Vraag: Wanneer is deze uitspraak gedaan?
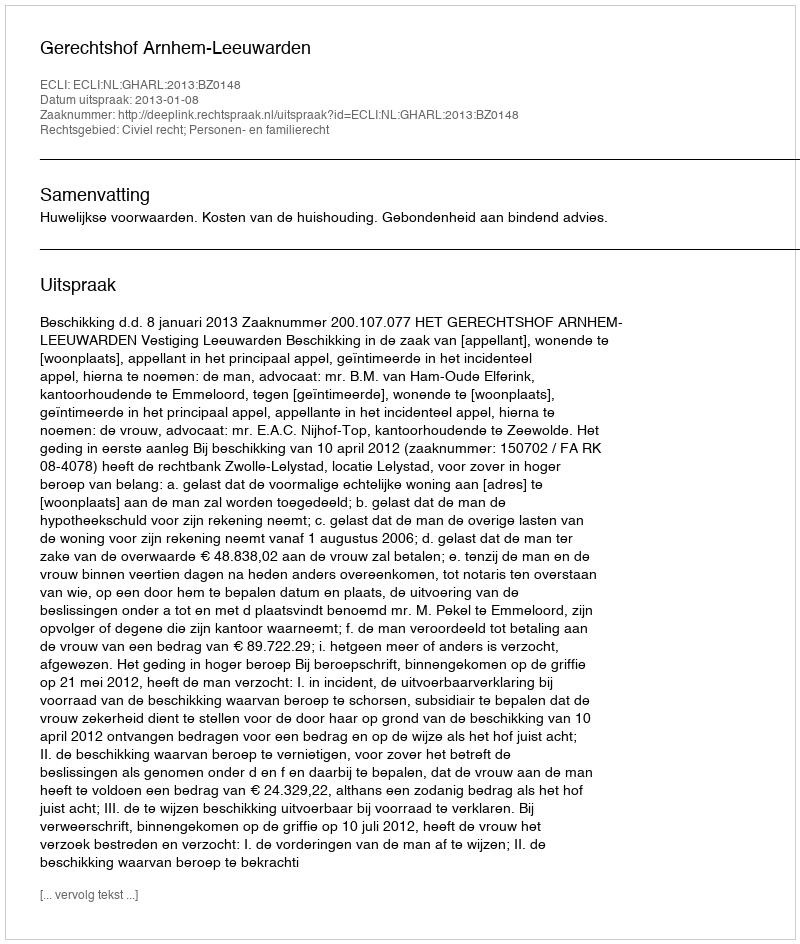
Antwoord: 2013-01-08